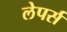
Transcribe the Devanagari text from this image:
लेपर्स